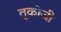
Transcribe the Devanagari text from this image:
तूकोजी